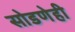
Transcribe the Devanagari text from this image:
सोडणेही